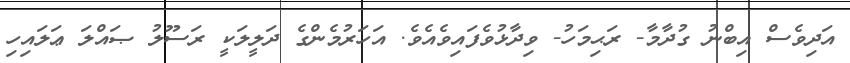
އަދިވެސް އިބްނު ގުދާމާ- ރަޙިމަހު- ވިދާޅުވެފައިވެއެވެ. އަހަރުމެންގެ ދަލީލަކީ ރަސޫލު ޞައްލަ ޢަލައިހި